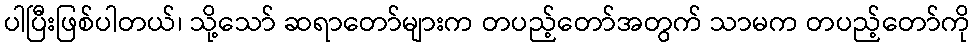
ပါပြီးဖြစ်ပါတယ်၊ သို့သော် ဆရာတော်များက တပည့်တော်အတွက် သာမက တပည့်တော်ကို